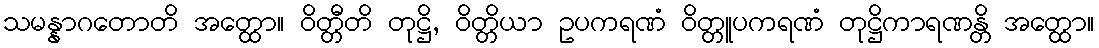
သမန္နာဂတောတိ အတ္ထော။ ဝိတ္တီတိ တုဋ္ဌိ, ဝိတ္တိယာ ဥပကရဏံ ဝိတ္တူပကရဏံ တုဋ္ဌိကာရဏန္တိ အတ္ထော။